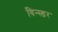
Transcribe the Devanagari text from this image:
विन्स्डर